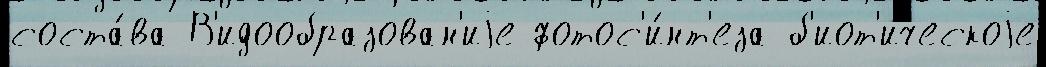
соста́ва В'идообразован'иjе фотос'и́нт'еза б'иот'ическоjе